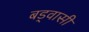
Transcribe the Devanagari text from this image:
बड्वासी